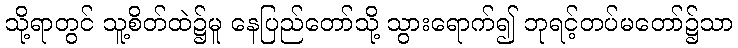
သို့ရာတွင် သူ့စိတ်ထဲ၌မူ နေပြည်တော်သို့ သွားရောက်၍ ဘုရင့်တပ်မတော်၌သာ